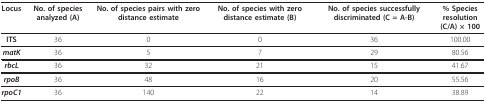
<table><thead><tr><td><b>Locus</b></td><td><b>No. of species analyzed (A)</b></td><td><b>No. of species pairs with zero distance estimate</b></td><td><b>No. of species with zero distance estimate (B)</b></td><td><b>No. of species successfully discriminated (C = A-B)</b></td><td><b>% Species resolution(C/A) × 100</b></td></tr></thead><tbody><tr><td><b>ITS</b></td><td>36</td><td>0</td><td>0</td><td>36</td><td>100.00</td></tr><tr><td><b><i>matK</i></b></td><td>36</td><td>5</td><td>7</td><td>29</td><td>80.56</td></tr><tr><td><b><i>rbcL</i></b></td><td>36</td><td>32</td><td>21</td><td>15</td><td>41.67</td></tr><tr><td><b><i>rpoB</i></b></td><td>36</td><td>48</td><td>16</td><td>20</td><td>55.56</td></tr><tr><td><b><i>rpoC1</i></b></td><td>36</td><td>140</td><td>22</td><td>14</td><td>38.89</td></tr></tbody></table>